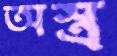
অস্ত্র